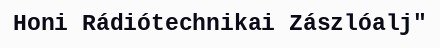
Honi Rádiótechnikai Zászlóalj"